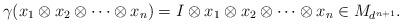
LaTeX: \begin{align*} \gamma(x_1 \otimes x_2 \otimes \dots \otimes x_n)=I\otimes x_1 \otimes x_2 \otimes \dots \otimes x_n \in M_{d^{n+1}}. \end{align*}